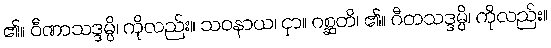
၏။ ဝီဏာသဒ္ဒမ္ပိ၊ ကိုလည်း။ သဝနာယ၊ ငှာ။ ဂစ္ဆတိ၊ ၏။ ဂီတသဒ္ဒမ္ပိ၊ ကိုလည်း။